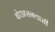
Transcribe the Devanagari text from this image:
बोछासनवासी